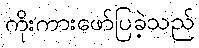
ကိုးကားဖော်ပြခဲ့သည်